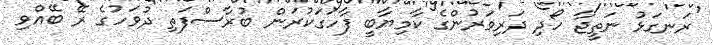
ރަނގަޅު ނަތީޖާ ހޯދި ދަރިވަރުންގެ ކާމިޔާބީ ފާހަގަކުރަން ބުރާސްފަތި ދުވަހުގެ ރޭ ބޭއްވި